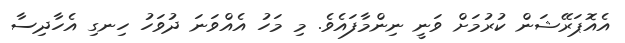
އެއޮޕަރޭޝަން ކުރުމަށް ވަނީ ނިންމާފައެވެ. މި މަހު އެއްވަނަ ދުވަހު ހިނގި އެހާދިސާ